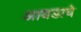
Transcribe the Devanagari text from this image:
आयडाचे